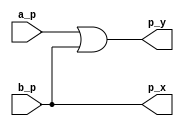
module Celda_inicial_i_d(

/*Celda inicial no tiene entradas de estado presente(son evaluadas), tiene entradas primarias, y salidas de proximo estado*/
    input wire a_p,
    input wire b_p,
    output wire p_x,
    output wire p_y
);
    assign p_x = b_p;
    assign p_y = a_p||b_p;

endmodule